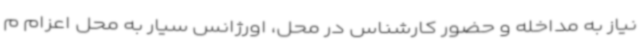
نیاز به مداخله و حضور کارشناس در محل، اورژانس سیار به محل اعزام م